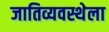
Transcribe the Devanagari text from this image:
जातिव्यवस्थेला